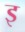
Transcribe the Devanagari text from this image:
इ